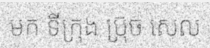
មក ទីក្រុង ប្រ៊ុច សេល